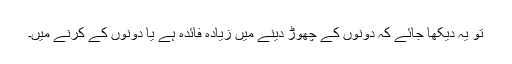
تو یہ دیکھا جائے کہ دونوں کے چھوڑ دینے میں زیادہ فائدہ ہے یا دونوں کے کرنے میں۔